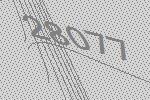
28077